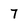
Character: 7